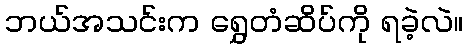
ဘယ်အသင်းက ရွှေတံဆိပ်ကို ရခဲ့လဲ။